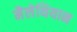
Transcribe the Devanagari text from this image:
मैलेथियान